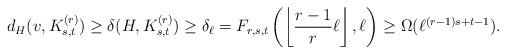
LaTeX: \begin{align*}d_H(v,K^{(r)}_{s,t})\geq \delta(H,K^{(r)}_{s,t})\geq \delta_\ell=F_{r,s,t}\left(\left\lfloor\frac{r-1}{r}\ell\right\rfloor,\ell\right)\geq \Omega(\ell^{(r-1)s+t-1}).\end{align*}